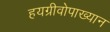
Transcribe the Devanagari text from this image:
हयग्रीवोपाख्यान